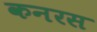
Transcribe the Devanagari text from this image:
कनरस